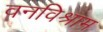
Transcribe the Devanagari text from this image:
वनविश्राम